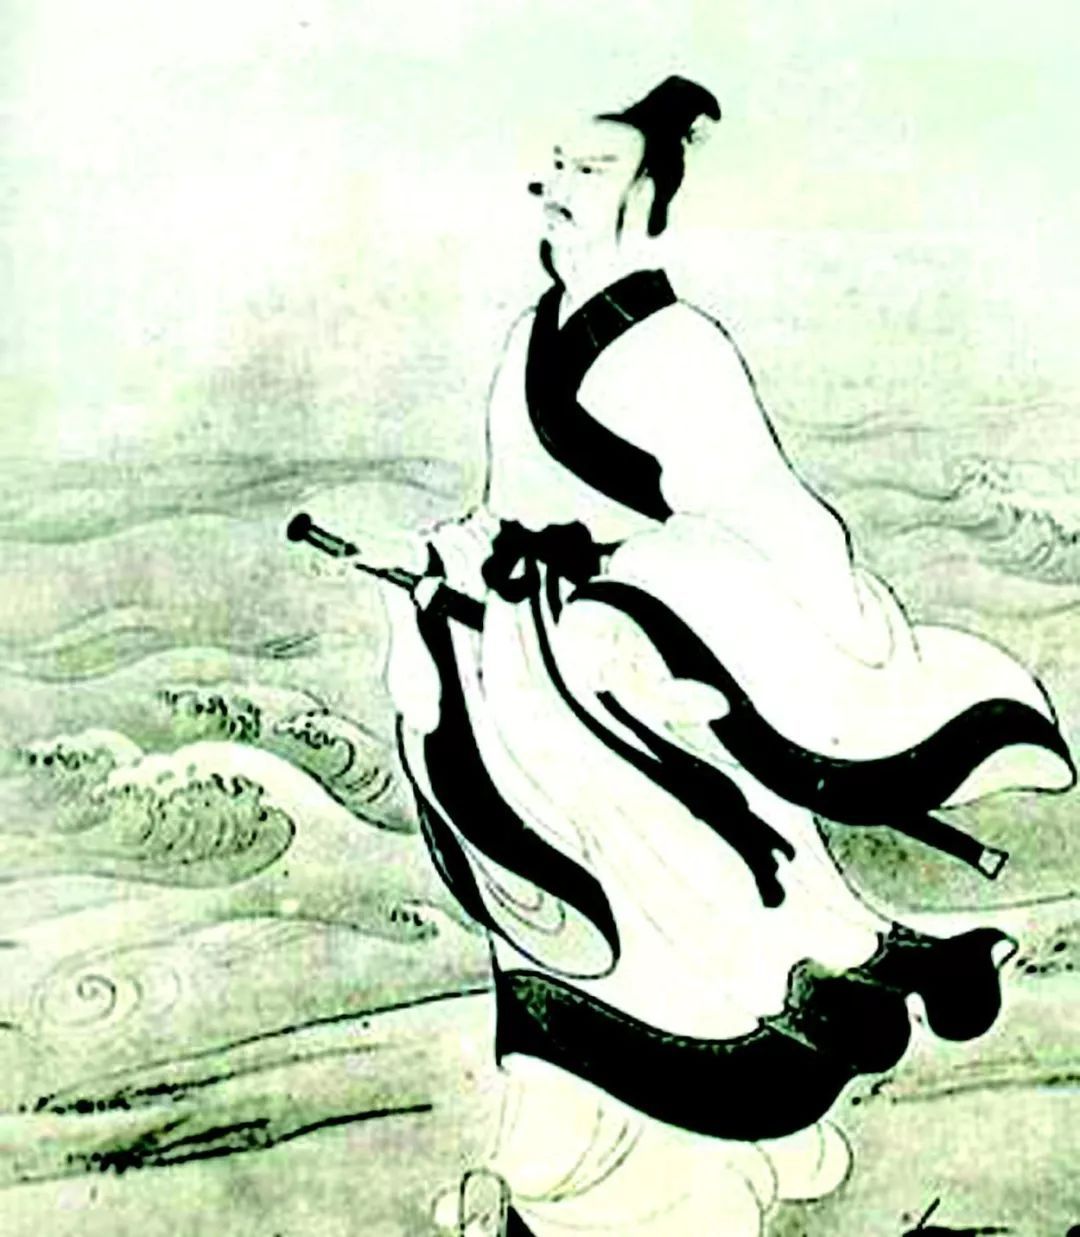
堪笑楚江空渺渺，不能洗得直臣冤。